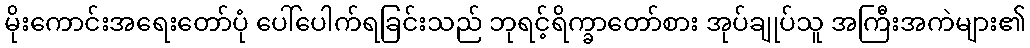
မိုးကောင်းအရေးတော်ပုံ ပေါ်ပေါက်ရခြင်းသည် ဘုရင့်ရိက္ခာတော်စား အုပ်ချုပ်သူ အကြီးအကဲများ၏